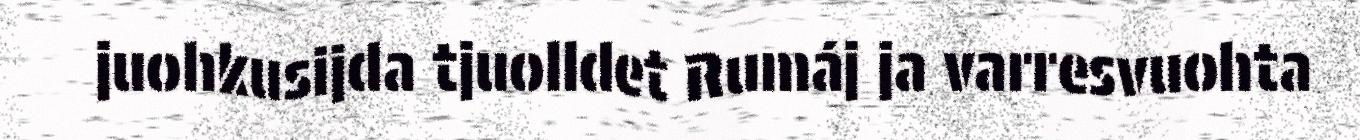
juohkusijda tjuolldet Rumáj ja varresvuohta